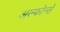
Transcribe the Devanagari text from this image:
अल्फोन्से